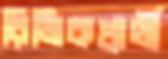
রিজিকপ্রার্থী